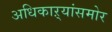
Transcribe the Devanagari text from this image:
अधिकाऱ्यांसमोर